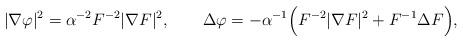
LaTeX: \begin{align*}|\nabla\varphi|^2=\alpha^{-2}F^{-2}|\nabla F|^2,\qquad\Delta\varphi=-\alpha^{-1}\Big(F^{-2}|\nabla F|^2+F^{-1}\Delta F\Big),\end{align*}